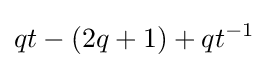
qt-(2q+1)+qt^{-1}